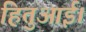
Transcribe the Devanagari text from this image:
हितुआई।